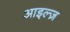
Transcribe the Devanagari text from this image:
आइल्ज़